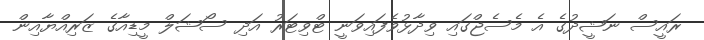
ރައީސް ނަޝީދުގެ އެ މެސެޖްގައި ވިދާޅުވެފައިވަނީ ޓްވިޓަރު އަދި ސޯޝަލް މީޑިއާގެ ޒަރިއްޔާއިން